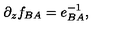
\partial _ { z } f _ { B A } = e _ { B A } ^ { - 1 } ,